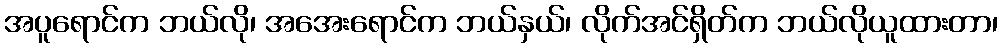
အပူရောင်က ဘယ်လို၊ အအေးရောင်က ဘယ်နှယ်၊ လိုက်အင်ရှိတ်က ဘယ်လိုယူထားတာ၊